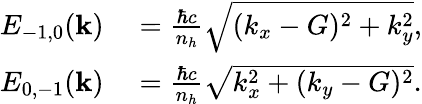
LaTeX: \begin{array}{rl}{E_{-1,0}(\mathbf{k})}&{{}=\frac{\hbar c}{n_{h}}\sqrt{(k_{x}-G)^{2}+k_{y}^{2}},}\\ {E_{0,-1}(\mathbf{k})}&{{}=\frac{\hbar c}{n_{h}}\sqrt{k_{x}^{2}+(k_{y}-G)^{2}}.}\end{array}